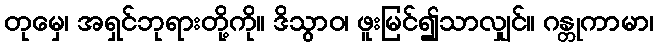
တုမှေ၊ အရှင်ဘုရားတို့ကို။ ဒိသွာဝ၊ ဖူးမြင်၍သာလျှင်။ ဂန္တုကာမာ၊